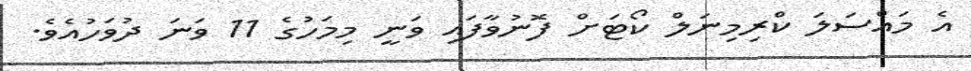
އެ މައްސަލަ ކްރިމިނަލް ކޯޓަށް ފޮނުވާފައި ވަނީ މިމަހުގެ 11 ވަނަ ދުވަހުއެވެ.